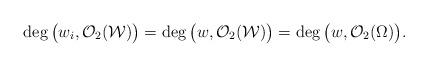
LaTeX: \begin{align*}\deg\big(w_i,\mathcal{O}_2(\mathcal{W})\big) =\deg\big(w,\mathcal{O}_2(\mathcal{W})\big) = \deg\big(w, \mathcal{O}_2(\Omega)\big).\end{align*}